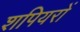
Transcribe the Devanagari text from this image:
शपियरों